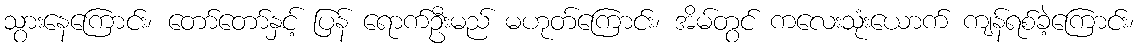
သွားနေကြောင်း၊ တော်တော်နှင့် ပြန် ရောက်ဦးမည် မဟုတ်ကြောင်း၊ အိမ်တွင် ကလေးသုံးယောက် ကျန်ရစ်ခဲ့ကြောင်း၊